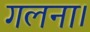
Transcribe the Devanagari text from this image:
गलना।